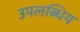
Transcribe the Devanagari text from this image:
उपलब्धिय